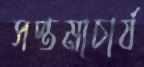
সপ্তমাচার্য